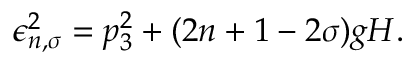
\epsilon _ { n , \sigma } ^ { 2 } = p _ { 3 } ^ { 2 } + ( 2 n + 1 - 2 \sigma ) g H .